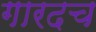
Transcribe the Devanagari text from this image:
गारदच